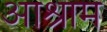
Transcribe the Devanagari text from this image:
आश्राम